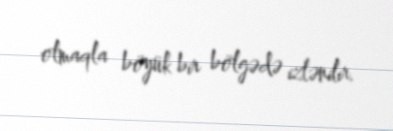
olmaqla böyük bir bölgədə izlənilir.